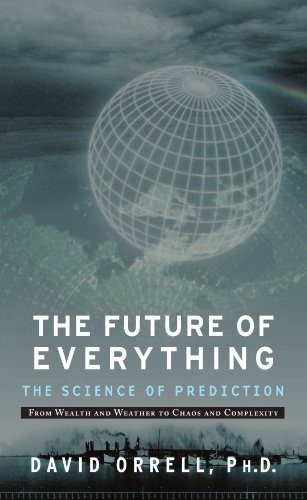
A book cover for The Future of Everything: The Science of Prediction; David Orrell; Science & Math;